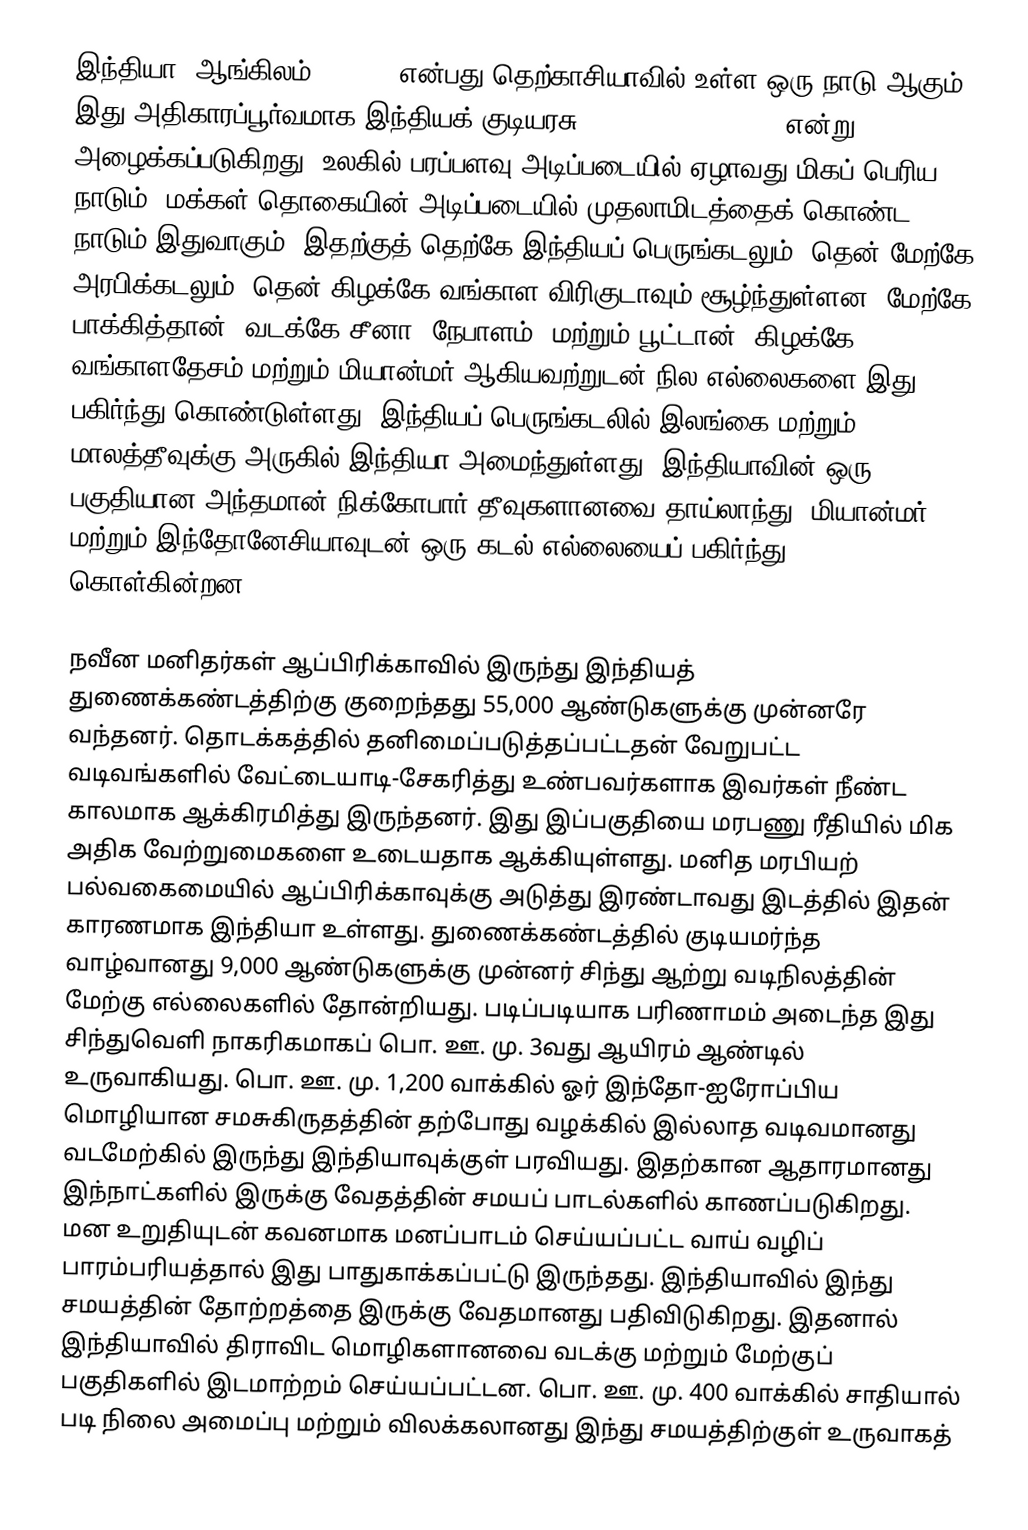
இந்தியா (ஆங்கிலம்: India) என்பது தெற்காசியாவில் உள்ள ஒரு நாடு ஆகும். இது அதிகாரப்பூர்வமாக இந்தியக் குடியரசு (Republic of India) என்று அழைக்கப்படுகிறது. உலகில் பரப்பளவு அடிப்படையில் ஏழாவது மிகப் பெரிய நாடும், மக்கள் தொகையின் அடிப்படையில் முதலாமிடத்தைக் கொண்ட நாடும் இதுவாகும். இதற்குத் தெற்கே இந்தியப் பெருங்கடலும், தென் மேற்கே அரபிக்கடலும், தென் கிழக்கே வங்காள விரிகுடாவும் சூழ்ந்துள்ளன. மேற்கே பாக்கித்தான், வடக்கே சீனா, நேபாளம், மற்றும் பூட்டான், கிழக்கே வங்காளதேசம் மற்றும் மியான்மர் ஆகியவற்றுடன் நில எல்லைகளை இது பகிர்ந்து கொண்டுள்ளது. இந்தியப் பெருங்கடலில் இலங்கை மற்றும் மாலத்தீவுக்கு அருகில் இந்தியா அமைந்துள்ளது. இந்தியாவின் ஒரு பகுதியான அந்தமான் நிக்கோபார் தீவுகளானவை தாய்லாந்து, மியான்மர் மற்றும் இந்தோனேசியாவுடன் ஒரு கடல் எல்லையைப் பகிர்ந்து கொள்கின்றன.

நவீன மனிதர்கள் ஆப்பிரிக்காவில் இருந்து இந்தியத் துணைக்கண்டத்திற்கு குறைந்தது 55,000 ஆண்டுகளுக்கு முன்னரே வந்தனர். தொடக்கத்தில் தனிமைப்படுத்தப்பட்டதன் வேறுபட்ட வடிவங்களில் வேட்டையாடி-சேகரித்து உண்பவர்களாக இவர்கள் நீண்ட காலமாக ஆக்கிரமித்து இருந்தனர். இது இப்பகுதியை மரபணு ரீதியில் மிக அதிக வேற்றுமைகளை உடையதாக ஆக்கியுள்ளது. மனித மரபியற் பல்வகைமையில் ஆப்பிரிக்காவுக்கு அடுத்து இரண்டாவது இடத்தில் இதன் காரணமாக இந்தியா உள்ளது. துணைக்கண்டத்தில் குடியமர்ந்த வாழ்வானது 9,000 ஆண்டுகளுக்கு முன்னர் சிந்து ஆற்று வடிநிலத்தின் மேற்கு எல்லைகளில் தோன்றியது. படிப்படியாக பரிணாமம் அடைந்த இது சிந்துவெளி நாகரிகமாகப் பொ. ஊ. மு. 3வது ஆயிரம் ஆண்டில் உருவாகியது. பொ. ஊ. மு. 1,200 வாக்கில் ஓர் இந்தோ-ஐரோப்பிய மொழியான சமசுகிருதத்தின் தற்போது வழக்கில் இல்லாத வடிவமானது வடமேற்கில் இருந்து இந்தியாவுக்குள் பரவியது. இதற்கான ஆதாரமானது இந்நாட்களில் இருக்கு வேதத்தின் சமயப் பாடல்களில் காணப்படுகிறது. மன உறுதியுடன் கவனமாக மனப்பாடம் செய்யப்பட்ட வாய் வழிப் பாரம்பரியத்தால் இது பாதுகாக்கப்பட்டு இருந்தது. இந்தியாவில் இந்து சமயத்தின் தோற்றத்தை இருக்கு வேதமானது பதிவிடுகிறது. இதனால் இந்தியாவில் திராவிட மொழிகளானவை வடக்கு மற்றும் மேற்குப் பகுதிகளில் இடமாற்றம் செய்யப்பட்டன. பொ. ஊ. மு. 400 வாக்கில் சாதியால் படி நிலை அமைப்பு மற்றும் விலக்கலானது இந்து சமயத்திற்குள் உருவாகத்